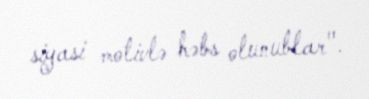
siyasi motivlə həbs olunublar".